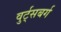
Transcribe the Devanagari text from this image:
वुर्ट्‌सबर्ग